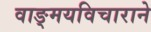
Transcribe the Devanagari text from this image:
वाङ्मयविचाराने